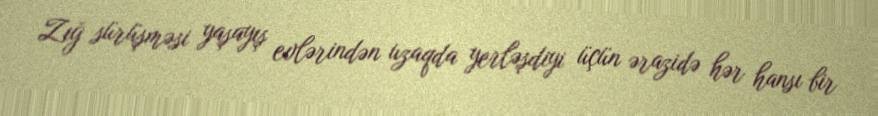
Zığ sürüşməsi yaşayış evlərindən uzaqda yerləşdiyi üçün ərazidə hər hansı bir